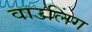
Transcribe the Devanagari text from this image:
वाउलिंग